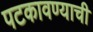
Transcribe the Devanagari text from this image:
पटकावण्याची